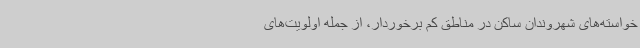
خواسته‌های شهروندان ساکن در مناطق کم‌ برخوردار، از جمله اولویت‌های